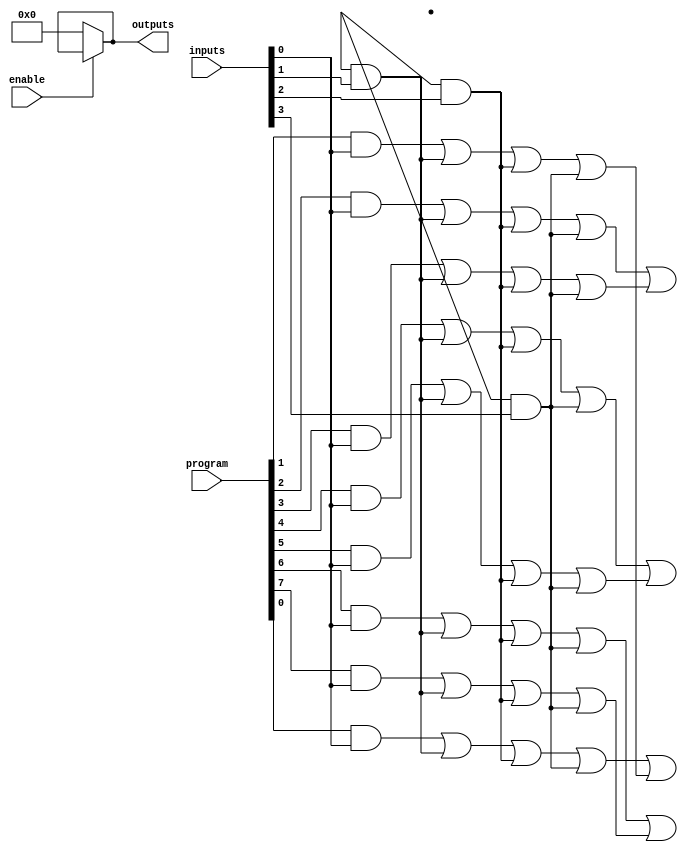
module jewel_pal (
    input wire [3:0] inputs,          // 4 input signals
    input wire [7:0] program,         // 8-bit programming input for AND array
    input wire enable,                 // Optional enable signal
    output wire [3:0] outputs          // 4 output signals
);

// Programmable AND array
wire [7:0] and_outputs;              // Outputs from the AND gates

// AND gates implementation
genvar i;
generate
    for (i = 0; i < 8; i = i + 1) begin : and_array
        assign and_outputs[i] = (program[i] & inputs[0]) |
                                 (program[i + 8] & inputs[1]) |
                                 (program[i + 16] & inputs[2]) |
                                 (program[i + 24] & inputs[3]);
    end
endgenerate

// Fixed OR array
assign outputs[0] = and_outputs[0] | and_outputs[1]; // Example OR logic
assign outputs[1] = and_outputs[2] | and_outputs[3]; // Example OR logic
assign outputs[2] = and_outputs[4] | and_outputs[5]; // Example OR logic
assign outputs[3] = and_outputs[6] | and_outputs[7]; // Example OR logic

// Enable logic (optional)
assign outputs = enable ? outputs : 4'b0000; // Outputs are zero when not enabled

endmodule